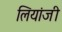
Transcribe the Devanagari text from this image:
लियांजी